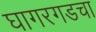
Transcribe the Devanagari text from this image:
घागरगडचा